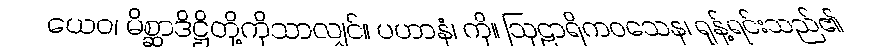
ယေဝ၊ မိစ္ဆာဒိဋ္ဌိတို့ကိုသာလျှင်။ ပဟာနံ၊ ကို။ ဩဠာရိကဝသေန၊ ရုန့်ရင်းသည်၏